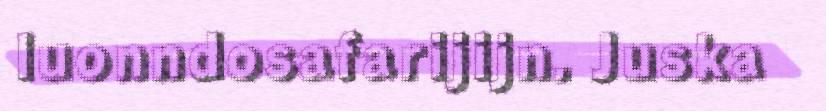
luonndosafarijijn. Juska